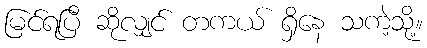
မြင်ရပြီ ဆိုလျှင် တကယ် ရှိနေ သကဲ့သို့။